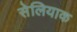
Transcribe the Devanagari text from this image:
सेलियाक